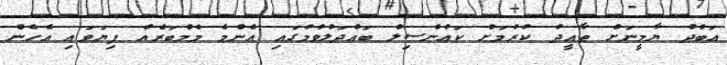
އަބްދު ޔާމީނަށް ތާއީދު ކުރުމަށް ކައުންސިލް ބައްދަލުވުމުގައި އެންމެ މެމްބަރެއް ފިޔަވައި އެހެން